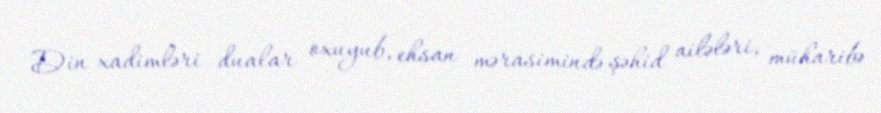
Din xadimləri dualar oxuyub, ehsan mərasimində şəhid ailələri, müharibə